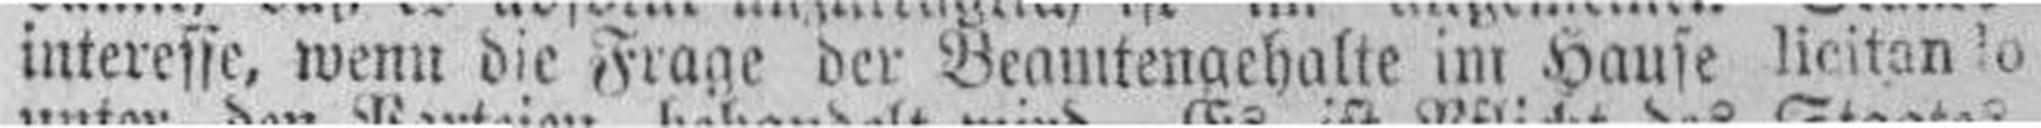
interesse, wenn die Frage der Beamtengehalte im Hause licitan!o